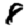
Digit: 8